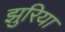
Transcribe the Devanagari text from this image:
झुरिया